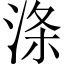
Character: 涤